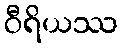
ဝီရိယဿ